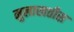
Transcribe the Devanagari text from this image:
मुलाखतीस